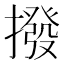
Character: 撥